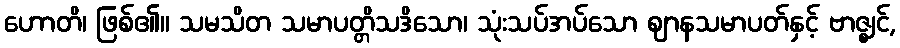
ဟောတိ၊ ဖြစ်၏။ သမသိတ သမာပတ္တိသဒိသော၊ သုံးသပ်အပ်သော ဈာနသမာပတ်နှင့် ဗာဇ္ဈင်,